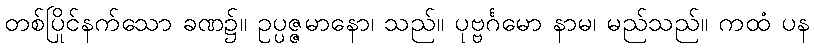
တစ်ပြိုင်နက်သော ခဏ၌။ ဥပ္ပဇ္ဇမာနော၊ သည်။ ပုဗ္ဗင်္ဂမော နာမ၊ မည်သည်။ ကထံ ပန